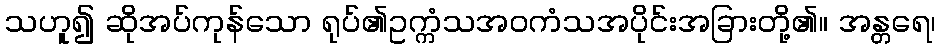
သဟူ၍ ဆိုအပ်ကုန်သော ရုပ်၏ဥက္ကံသအဝကံသအပိုင်းအခြားတို့၏။ အန္တရေ၊